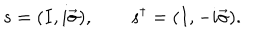
LaTeX: s = ( I , i \vec { \sigma } ) , \qquad s ^ { \dagger } = ( I , - i \vec { \sigma } ) .